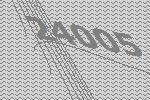
24005